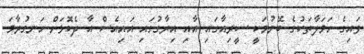
ވައިގެ ހަމަލާތަކުގެ ބޭނުމަކީ ސީރިއާގައި އާއި އިރާގުގައި އައިއެސް އާ ދެކޮޅަށް ހަނގުރާމަ